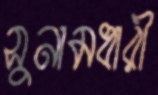
সুনামধারী